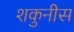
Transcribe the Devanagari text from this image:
शकुनीस